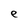
Character: e